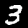
Digit: 3